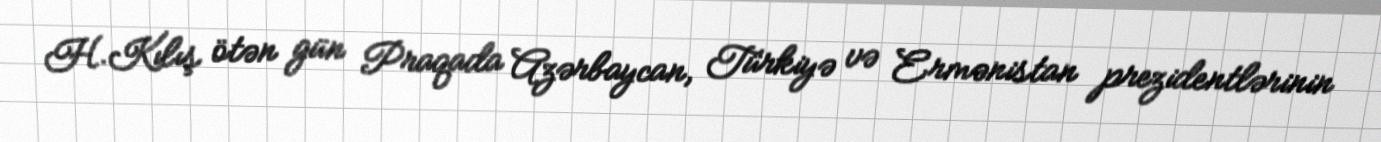
H.Kılış ötən gün Praqada Azərbaycan, Türkiyə və Ermənistan prezidentlərinin